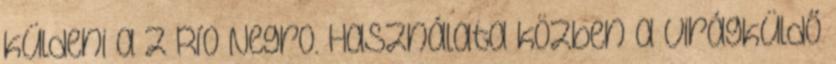
küldeni a z Río Negro. Használata közben a virágküldő